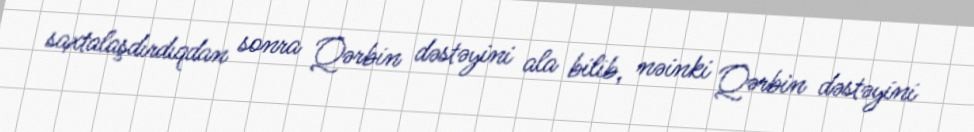
saxtalaşdırdıqdan sonra Qərbin dəstəyini ala bilib, nəinki Qərbin dəstəyini